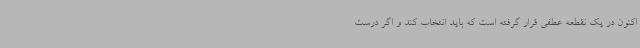
اکنون در یک نقطعه عطفی قرار گرفته است که باید انتخاب کند و اگر درست